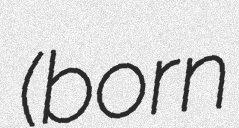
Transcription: (born